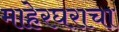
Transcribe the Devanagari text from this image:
माहेरघराचा